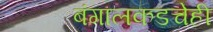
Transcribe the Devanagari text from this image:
बंगालकडचेही